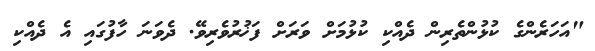
"އަހަރެންގެ ކުޅުންތެރިން ދެއްކި ކުޅުމަށް ވަރަށް ފަޚުރުވެރިވޭ. ދެވަނަ ހާފުގައި އެ ދެއްކި